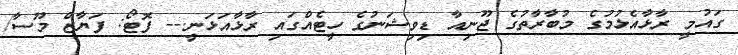
ގައުމީ ރާޅާއެޅުމުގެ މުބާރާތުގެ ޖޫނިއާ ޑިވިޝަނުގެ ހީޓެއްގައި ރާޅާއަޅަނީ.-- ފޮޓޯ: ފަޔާޒް މޫސާ/